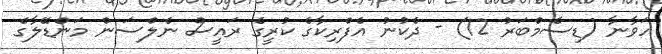
ހަވާނާ (ޑިސެމްބަރު 12) - ދެކުނު އެފްރިކާގެ ކުރީގެ ރައީސް ނެލްސަން މަންޑޭލާގެ